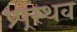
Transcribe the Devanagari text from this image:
प्र्प्रस्थव